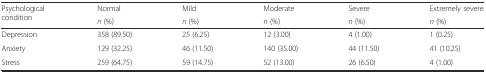
| <ROWSPAN=2> Psychological condition | Normal | Mild | Moderate | Severe | Extremely severe |
 | n (%) | n (%) | n (%) | n (%) | n (%) |
 | --- | --- | --- | --- | --- | --- |
 | Depression | 358 (89.50) | 25 (6.25) | 12 (3.00) | 4 (1.00) | 1 (0.25) |
 | Anxiety | 129 (32.25) | 46 (11.50) | 140 (35.00) | 44 (11.50) | 41 (10.25) |
 | Stress | 259 (64.75) | 59 (14.75) | 52 (13.00) | 26 (6.50) | 4 (1.00) |